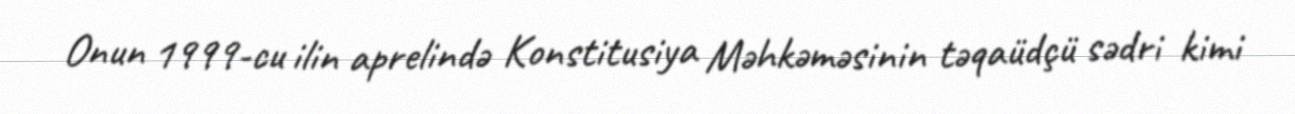
Onun 1999-cu ilin aprelində Konstitusiya Məhkəməsinin təqaüdçü sədri kimi